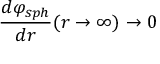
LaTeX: \frac { d \varphi _ { s p h } } { d r } ( r \rightarrow \infty ) \rightarrow 0